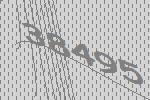
38495